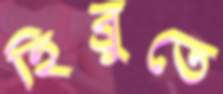
হিব্রুতে